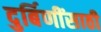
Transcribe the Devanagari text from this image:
दुर्बिणींसाठी